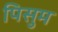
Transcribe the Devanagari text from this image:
पिसुम